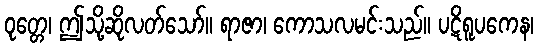
ဝုတ္တေ၊ ဤသို့ဆိုလတ်သော်။ ရာဇာ၊ ကောသလမင်းသည်။ ပဋိရူပကေန၊